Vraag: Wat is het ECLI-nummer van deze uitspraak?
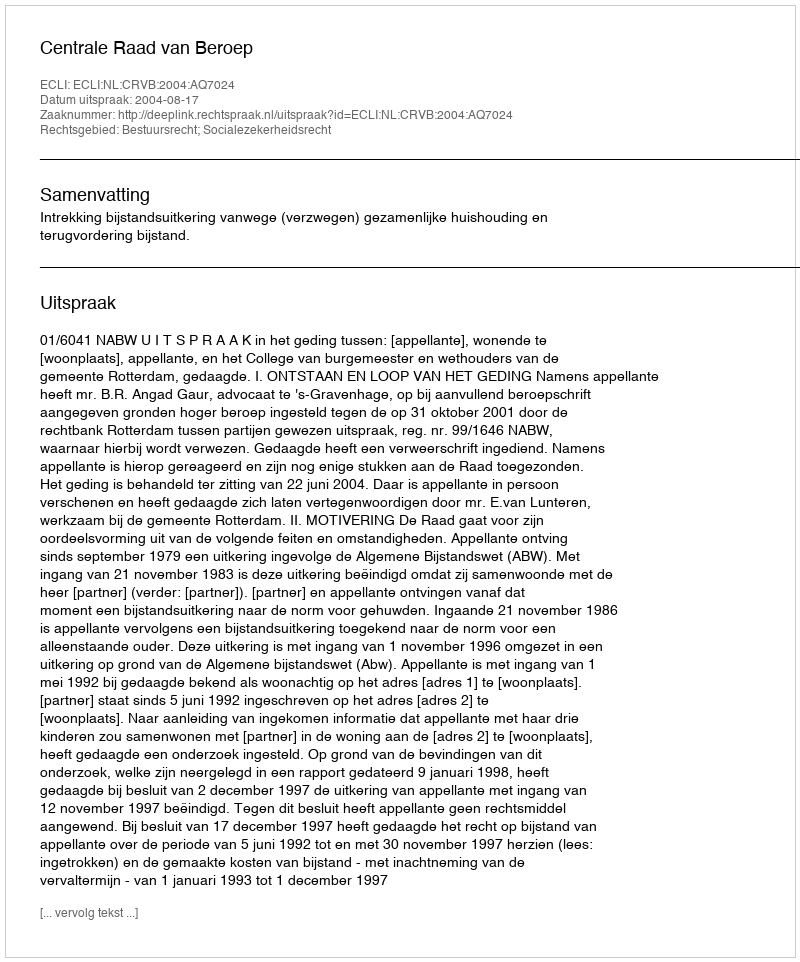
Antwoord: ECLI:NL:CRVB:2004:AQ7024